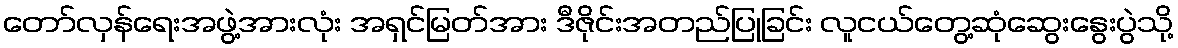
တော်လှန်ရေးအဖွဲ့အားလုံး အရှင်မြတ်အား ဒီဇိုင်းအတည်ပြုခြင်း လူငယ်တွေ့ဆုံဆွေးနွေးပွဲသို့